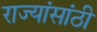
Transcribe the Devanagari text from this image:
राज्यांसांठी